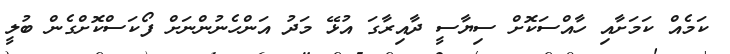
ކަމެއް ކަމަށާއި ހާއްސަކޮށް ސިޔާސީ ދާއިރާގަ އުޅޭ މަދު އަންހެނުންނަށް ފޯކަސްކޮށްގެން ބުލީ